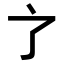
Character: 𬻺